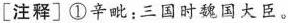
[注释]①辛毗：三国时魏国大臣。